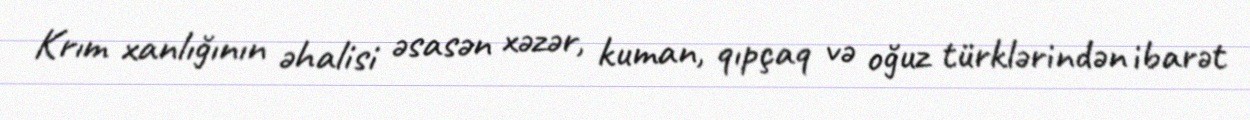
Krım xanlığının əhalisi əsasən xəzər, kuman, qıpçaq və oğuz türklərindən ibarət